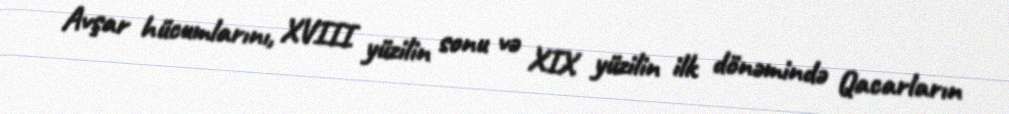
Avşar hücumlarını, XVIII yüzilin sonu və XIX yüzilin ilk dönəmində Qacarların